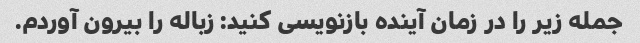
جمله زیر را در زمان آینده بازنویسی کنید: زباله را بیرون آوردم.